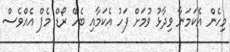
މިހެން އެކަމަނާ ވިދާޅު ވުމަށް ފަހު އެކަމާއި ބެހޭ ރޯޑް މެޕް އެއްވެސް